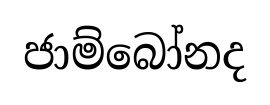
ජාම්බෝනද